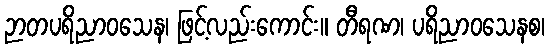
ဉာတပရိညာဝသေန၊ ဖြင့်လည်းကောင်း။ တီရဏ၊ ပရိညာဝသေနစ၊